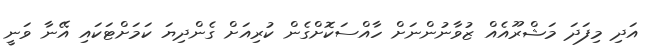
އަދި މިފަދަ މަޝްރޫއެއް ޒުވާނުންނަށް ހާއްސަކޮށްގެން ކުރިއަށް ގެންދިޔަ ކަމަށްޓަކައި އޭނާ ވަނީ